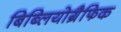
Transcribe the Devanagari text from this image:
बिब्लियोग्रैफिक